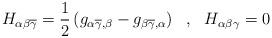
LaTeX: \begin{align*}H_{\alpha \beta \overline{\gamma}}=\frac{1}{2}\left( g_{\alpha\overline{\gamma},\beta}-g_{\beta \overline{\gamma},\alpha}\right) \ \ , \ \ H_{\alpha \beta\gamma}=0\end{align*}